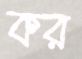
কর